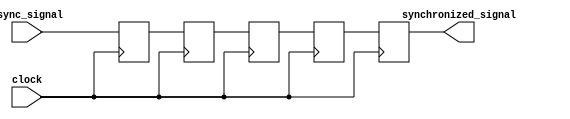
module cascade_synchronizer (
    input wire async_signal,
    input wire clock,
    output reg synchronized_signal
);

reg [3:0] ff1, ff2, ff3, ff4;

always @(posedge clock) begin
    ff1 <= async_signal;
    ff2 <= ff1;
    ff3 <= ff2;
    ff4 <= ff3;
    synchronized_signal <= ff4;
end

endmodule